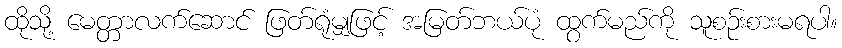
ထိုသို့ မေတ္တာလက်ဆောင် ဖြတ်ရုံမျှဖြင့် အမြတ်ဘယ်ပုံ ထွက်မည်ကို သူစဉ်းစားမရပါ။